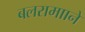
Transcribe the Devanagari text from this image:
बलरामााने